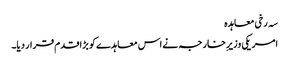
سہ رخی معاہدہ
امریکی وزیرِ خارجہ نے اس معاہدے کو بڑا قدم قرار دیا۔